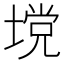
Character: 𪤅